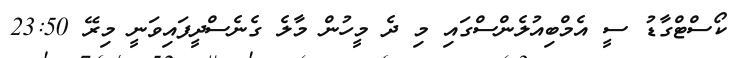
ކޯސްޓްގާޑު ސީ އެމްބިއުލެންސްގައި މި ދެ މީހުން މާލެ ގެނެސްދީފައިވަނީ މިރޭ 23:50